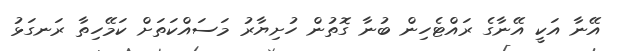
އޭނާ އަކީ އޭނާގެ ރައްޓެހިން ބުނާ ގޮތުން ހުށިޔާރު މަސައްކަތަށް ކަމޭހިތާ ރަނގަޅު